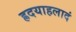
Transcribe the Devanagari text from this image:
ह्रदयाहलादं